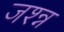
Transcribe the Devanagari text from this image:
जश्न्न